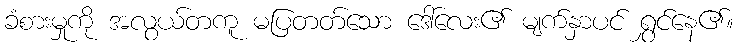
ခံစားမှုကို အလွယ်တကူ မပြတတ်သော ဒေါ်လေး၏ မျက်နှာပင် ရွှင်နေ၏။